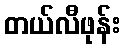
တယ်လီဖုန်း